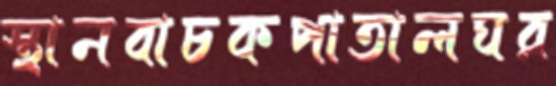
স্থানবাচকপাতালঘর